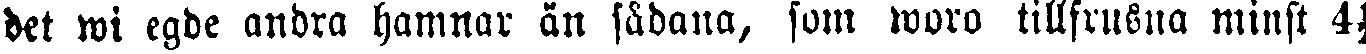
det wi egde andra hamnar än sådana, som woro tillfrusna minst 4½